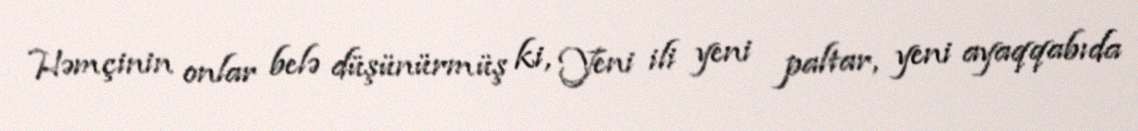
Həmçinin onlar belə düşünürmüş ki, Yeni ili yeni paltar, yeni ayaqqabıda